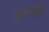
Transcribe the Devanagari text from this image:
करियौन